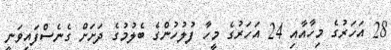
28 އަހަރުގެ މިހާއާއި 24 އަހަރުގެ މީހާ ފުލުހުންގެ ބެލުމުގެ ދަށަށް ގެނެސްފައިވަނީ